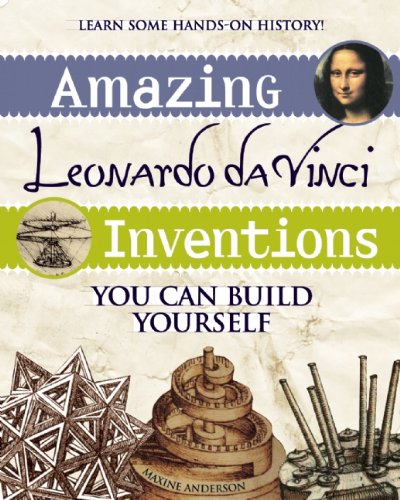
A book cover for Amazing Leonardo da Vinci Inventions: You Can Build Yourself (Build It Yourself); Maxine Anderson; Crafts, Hobbies & Home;